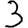
Digit: 3